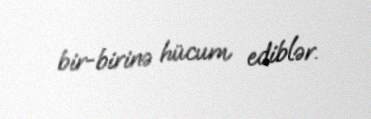
bir-birinə hücum ediblər.